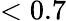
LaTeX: <0.7